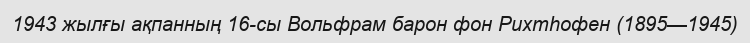
1943 жылғы ақпанның 16-сы Вольфрам барон фон Рихтһофен (1895—1945)